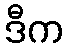
ဒီက